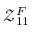
\mathcal { Z } _ { 1 1 } ^ { F }